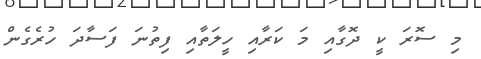
މި ސޮރަ ކީ ދޮގާއި މަ ކަރާއި ހީލަތާއި ފިތުނަ ފަސާދަ ހުރެގެން